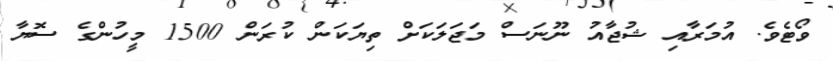
ވޯޓެވެ. އުމަރާއި ޝުޖާއު ނޫނަސް މަޖަލަކަށް ތިޔަކަން ކުރަން 1500 މީހުންގެ ސޮޔާ